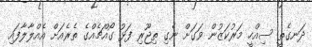
ދަނގެތީ ސިއްހީ މަރުކަޒުން ވަގަށް ނެގި ތިޖޫރި ފަޅު ގޯއްޗެއްގެ ތެރެއަށް އެއްލާލާފައި